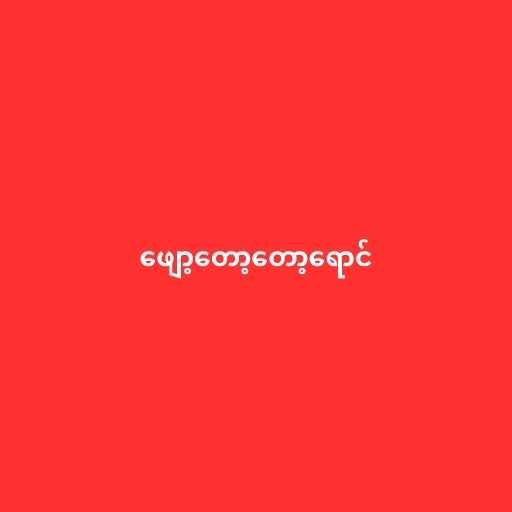
ဖျော့တော့တော့ရောင်